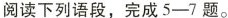
阅读下列语段，完成5——7题。